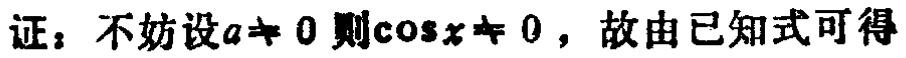
证：不妨设\(a\neq 0\)则\(\cos x\neq 0\)，故由已知式可得